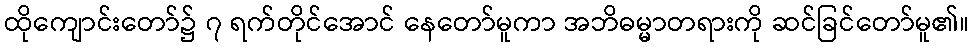
ထိုကျောင်းတော်၌ ၇ ရက်တိုင်အောင် နေတော်မူကာ အဘိဓမ္မာတရားကို ဆင်ခြင်တော်မူ၏။